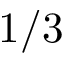
1 / 3